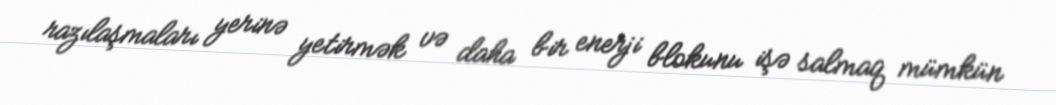
razılaşmaları yerinə yetirmək və daha bir enerji blokunu işə salmaq mümkün